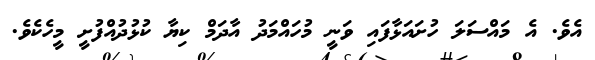
އެވެ. އެ މައްސަލަ ހުށައަޅާފައި ވަނީ މުހައްމަދު އާދަމް ކިޔާ ކުޅުދުއްފުށީ މީހެކެވެ.